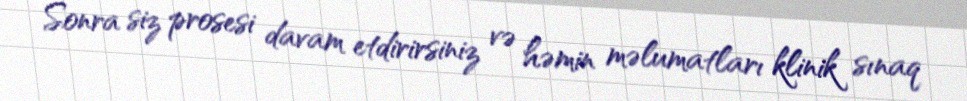
Sonra siz prosesi davam etdirirsiniz və həmin məlumatları klinik sınaq